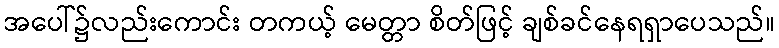
အပေါ်၌လည်းကောင်း တကယ့် မေတ္တာ စိတ်ဖြင့် ချစ်ခင်နေရရှာပေသည်။